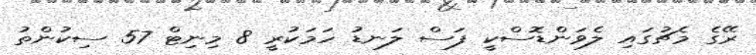
ރޭގެ މެޗުގައި ލެވަންޑޮސްކީ ފަސް ލަނޑު ހަމަކުރީ 8 މިނިޓް 57 ސިކުންތު